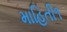
માહિતી૧